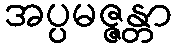
အပ္ပမဇ္ဇန္တာ